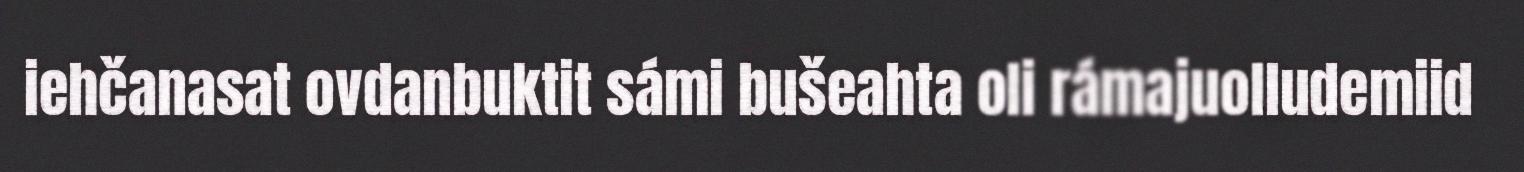
iehčanasat ovdanbuktit sámi bušeahta oli rámajuolludemiid